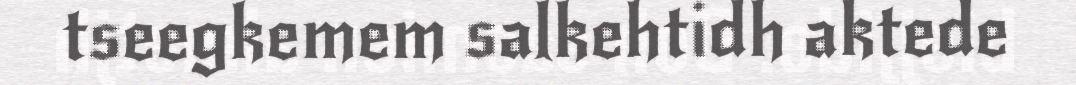
tseegkemem salkehtidh aktede